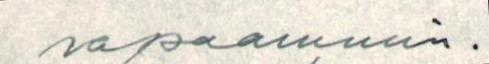
vapaammin.